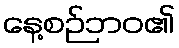
နေ့စဉ်ဘဝ၏